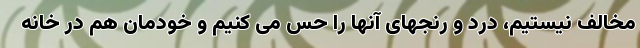
مخالف نیستیم، درد و رنجهای آنها را حس می کنیم و خودمان هم در خانه